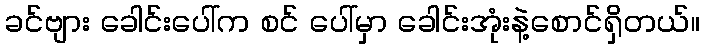
ခင်ဗျား ခေါင်းပေါ်က စင် ပေါ်မှာ ခေါင်းအုံးနဲ့စောင်ရှိတယ်။